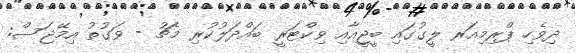
ދިވެހި ޕްރިމިއަރ ލީގުގައި ބީޖީއާއި ވިކްޓަރީ ބައްދަލުކުރި މެޗު - ވަގުތު އިމޭޖަސް: